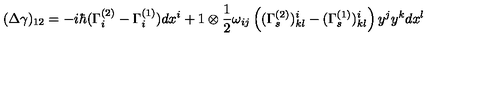
( \Delta \gamma ) _ { 1 2 } = - i \hbar ( \Gamma _ { i } ^ { ( 2 ) } - \Gamma _ { i } ^ { ( 1 ) } ) d x ^ { i } + 1 \otimes \frac { 1 } { 2 } \omega _ { i j } \left( ( \Gamma _ { s } ^ { ( 2 ) } ) _ { k l } ^ { i } - ( \Gamma _ { s } ^ { ( 1 ) } ) _ { k l } ^ { i } \right) y ^ { j } y ^ { k } d x ^ { l }